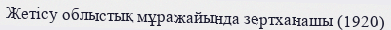
Жетісу облыстық мұражайында зертханашы (1920)